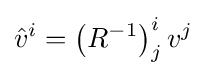
{\hat {v}}^{i}=\left(R^{-1}\right)_{j}^{i}v^{j}